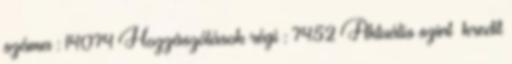
száma : 14074 Hozzászólások régi : 7452 Aktuális szint kredit